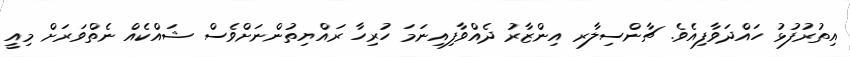
އިތުރުފުޅު ހައްދަވާފިއެވެ. ޗާންސިލާރ އިންޒާރު ދެއްވާފިއިނަމަ ހުރިހާ ރައްޔިތުންނަށްވެސް ޝައްކެއް ނެތްވަރަށް މިއީ